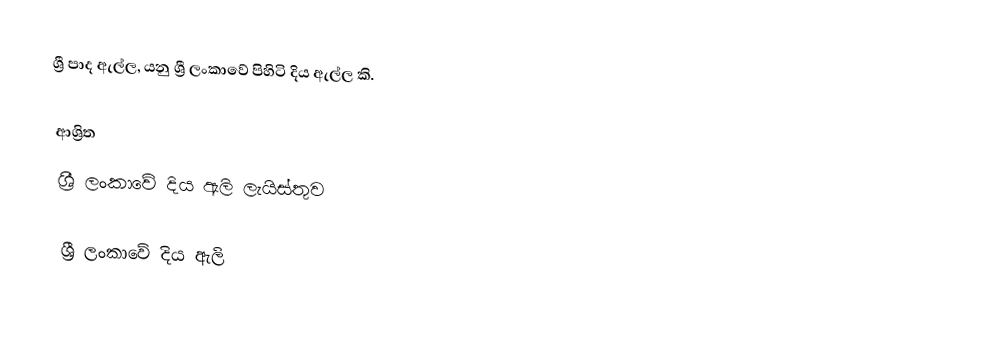
ශ්‍රී පාද ඇල්ල, යනු ශ්‍රී ලංකාවේ පිහිටි දිය ඇල්ල කි.

ආශ්‍රිත
 ශ්‍රී ලංකාවේ දිය ඇලි ලැයිස්තුව

ශ්‍රී ලංකාවේ දිය ඇලි